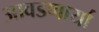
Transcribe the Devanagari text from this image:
आवडणार्या